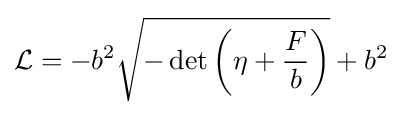
{\mathcal {L}}=-b^{2}{\sqrt {-\det \left(\eta +{\frac {F}{b}}\right)}}+b^{2}